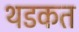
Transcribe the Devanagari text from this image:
थडकत